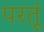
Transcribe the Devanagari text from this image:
परतूं